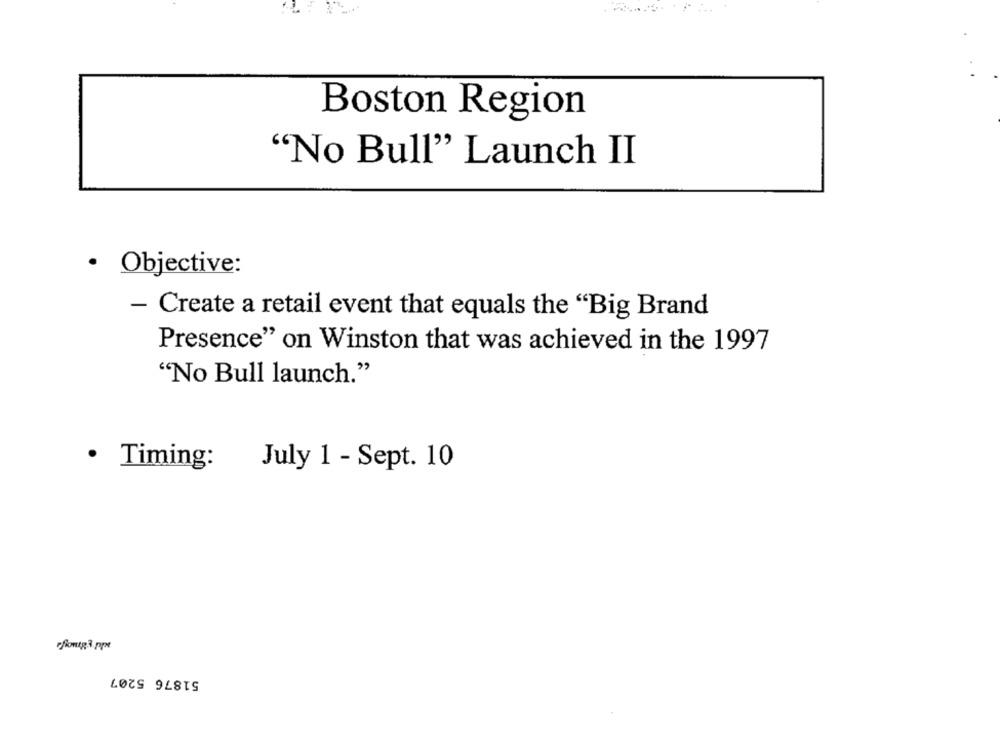
Boston Region
"No Bull" Launch II
Objective:
- Create a retail event that equals the "Big Brand
Presence" on Winston that was achieved in the 1997
"No Bull launch."
· Timing:
July 1 - Sept. 10
51876 5207